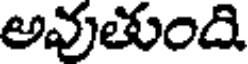
అవుతుంది